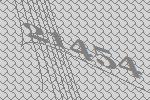
21454